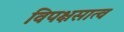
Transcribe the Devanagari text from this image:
विपक्षसात्व